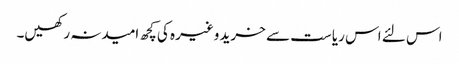
اس لئے اس ریاست سے خرید وغیرہ کی کچھ امیدنہ رکھیں۔